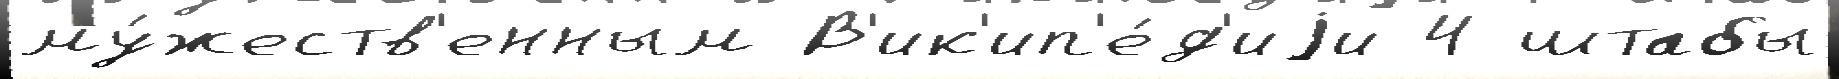
му́жеств'енным В'ик'ип'е́д'иjи 4 штабы